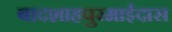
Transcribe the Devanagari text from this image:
बादशाहपुरमाईदास